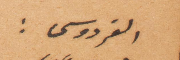
الفردوسي: